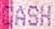
CASH